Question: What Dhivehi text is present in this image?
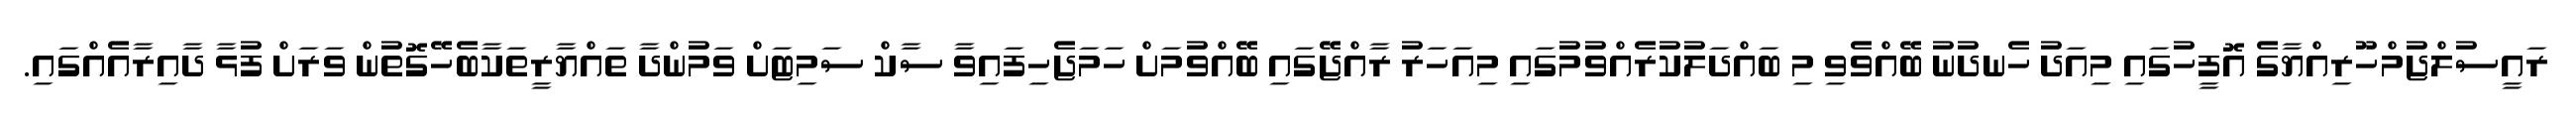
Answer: ރައީސުލްޖުމްހޫރިއްޔާގެ އޮފީހުގައި މިއަދު ހެނދުނު ބޭއްވެވި މި ބައްދަލުކުރެއްވުމުގައި މިއަހަރު ރާއްޖޭގައި ބޭއްވުމަށް ހަމަޖެހިފައިވާ ސާކް ސަމިޓަށް ވަމުންދާ ތައްޔާރީތަކާބެހޭގޮތުން ވަރަށް ފުޅާ ދާއިރާއެއްގައި.